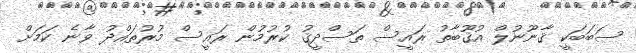
ސަބަބަކީ ޤާނޫނުލް އުޤޫބާތު ރައީސް ތަސްދީޤު ކުރުމުން ރައީސް މުރުތައްދު ވާނެ ކަމަށް